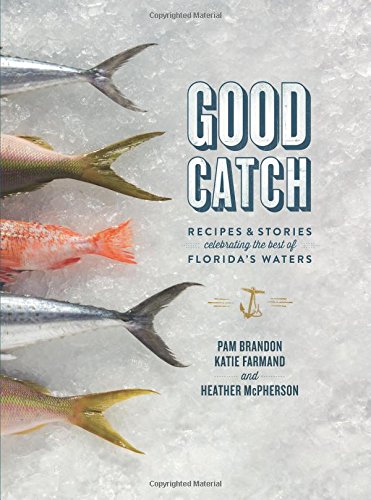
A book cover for Good Catch: Recipes and Stories Celebrating the Best of Florida's Waters; Pam Brandon; Cookbooks, Food & Wine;